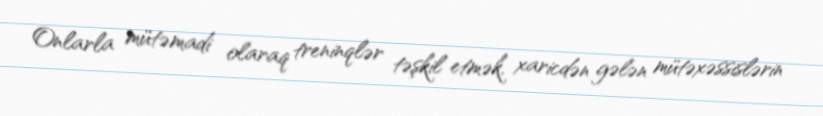
Onlarla mütəmadi olaraq treninqlər təşkil etmək, xaricdən gələn mütəxəssislərin